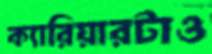
ক্যারিয়ারটাও